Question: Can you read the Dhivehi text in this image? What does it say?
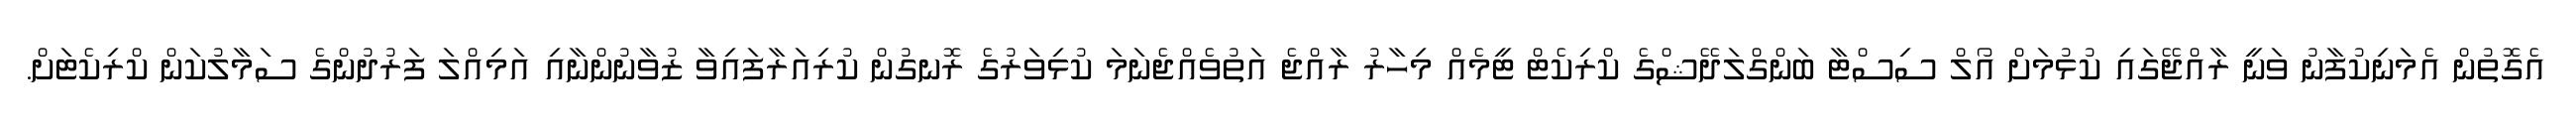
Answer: އެގޮތުން އެމަނިކުފާނު ވަނީ ރާއްޖޭގައި ކުޅުމަށް އޯލް ސިސްޓާ ބަންގްލަދޭޝްގެ ކްރިކެޓް ޓީމެއް މިހާރު ރާއްޖެ އަތުވެއްޖެނަމަ ކުޅިވަރުގެ ރޮނގުން ކުރިއަރާފައިވާ ޒުވާނުންނާއި އަމިއްލަ ފަރުދުންގެ ސަމާލުކަން ކްރިކެޓަށް.